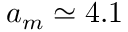
a _ { m } \simeq 4 . 1